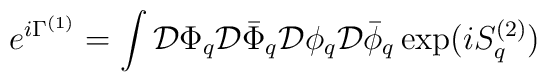
e^{i\Gamma^{(1)}}=\int{\cal D}\Phi_q {\cal D} \bar{\Phi}_q {\cal D}\phi_q {\cal D}\bar{\phi}_q\exp (iS^{(2)}_q)